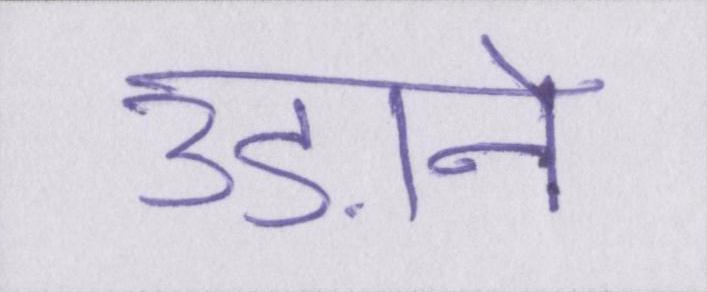
उड़ाने